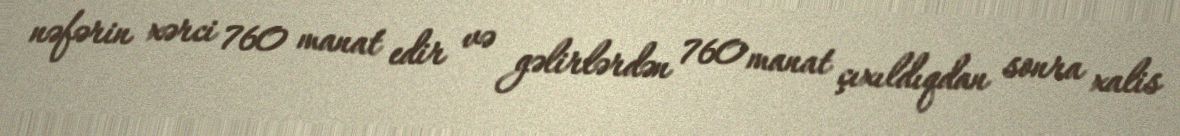
nəfərin xərci 760 manat edir və gəlirlərdən 760 manat çıxıldıqdan sonra xalis